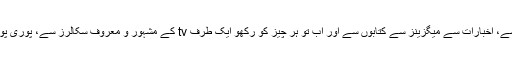
"مذہبی پیشواؤں” کے ذریعے سے مساجد سے، اخبارات سے میگزینز سے کتابوں سے اور اب تو ہر چیز کو رکھو ایک طرف tv کے مشہور و معروف سکالرز سے، پوری پوری ٹرانسمیشن سے، جائیں تو جائیں کہاں؟